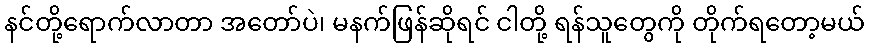
နင်တို့ရောက်လာတာ အတော်ပဲ၊ မနက်ဖြန်ဆိုရင် ငါတို့ ရန်သူတွေကို တိုက်ရတော့မယ်